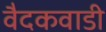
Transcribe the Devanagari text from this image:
वैदकवाडी